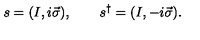
s = ( I , i \vec { \sigma } ) , \qquad s ^ { \dagger } = ( I , - i \vec { \sigma } ) .